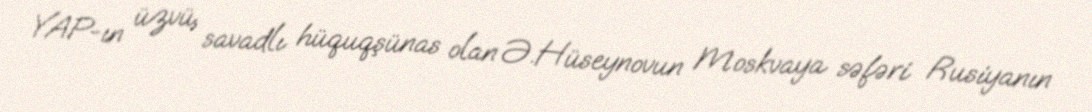
YAP-ın üzvü, savadlı hüquqşünas olan Ə.Hüseynovun Moskvaya səfəri Rusiyanın